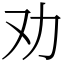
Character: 劝